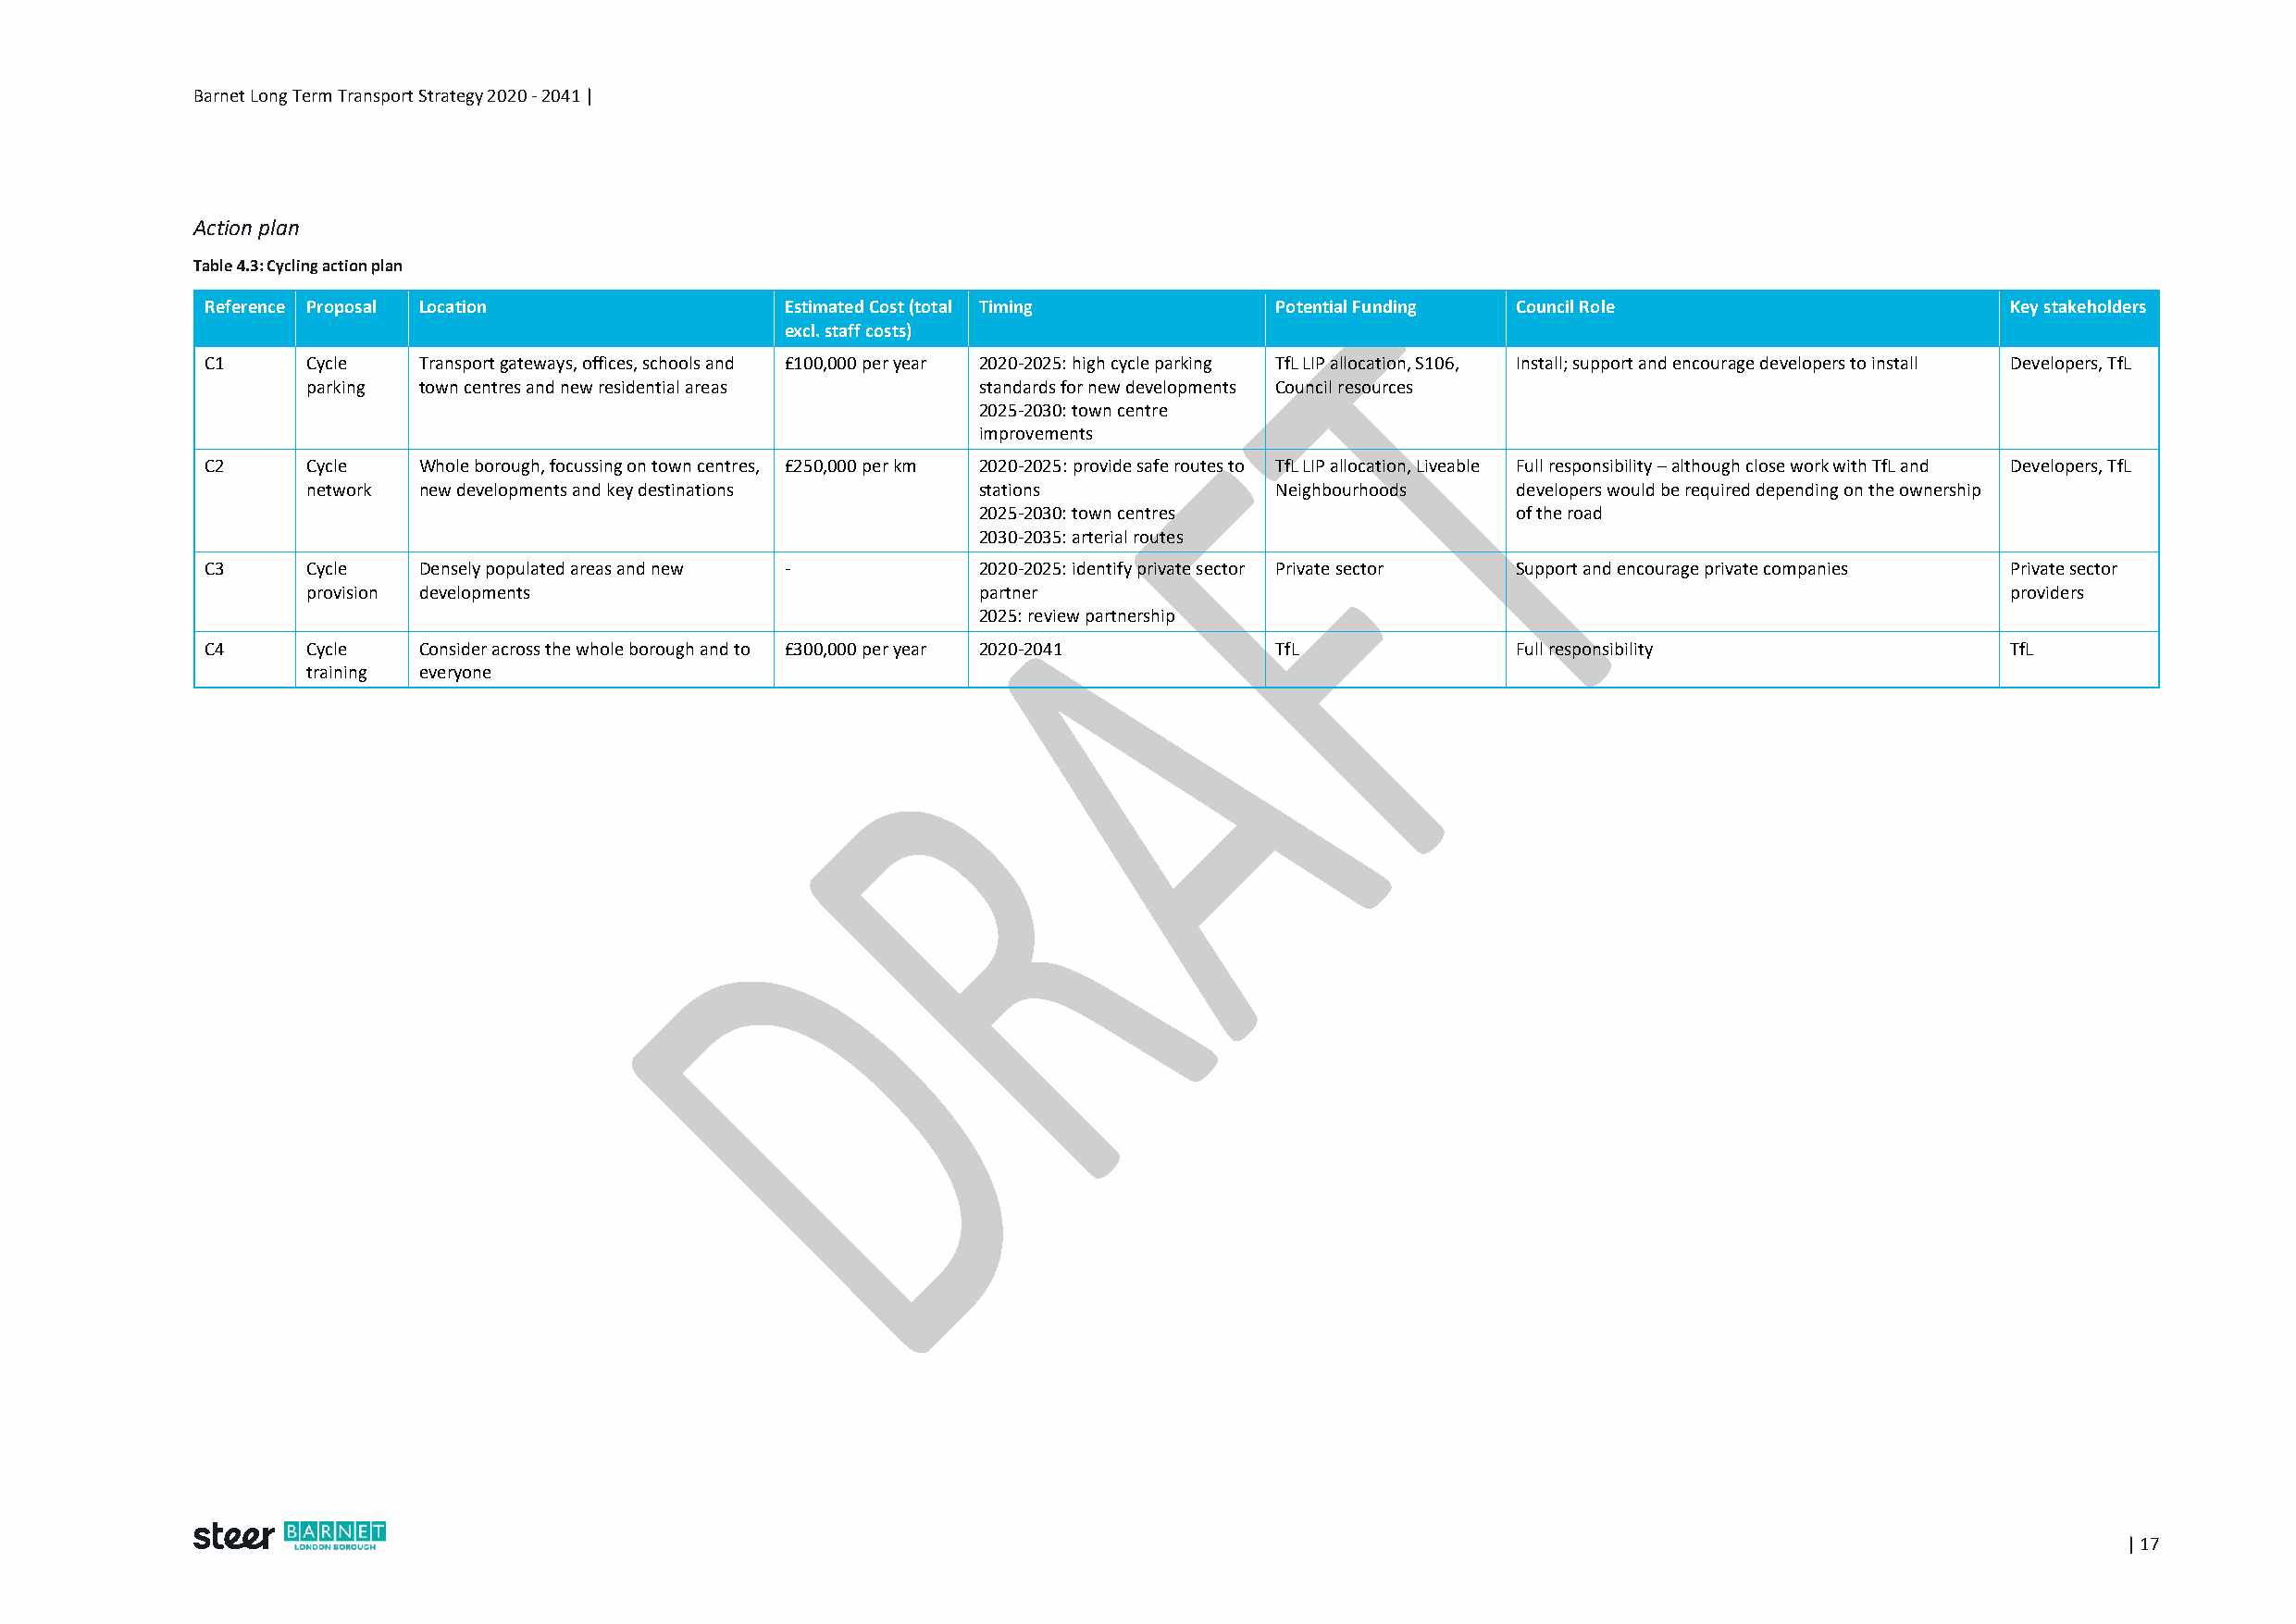
Barnet Long Term Transport Strategy 2020 - 2041 |
 Action plan
 Table 4.3: Cycling action plan
 Reference Proposal Location              Estimated Cost (total Timing       Potential Funding Council Role                       Key stakeholders
 excl. staff costs)
 C1     Cycle   Transport gateways, offices, schools and £100,000 per year 2020-2025: high cycle parking TfL LIP allocation, S106, Install; support and encourage developers to install Developers, TfL
 parking town centres and new residential areas  standards for new developments Council resources
 2025-2030: town centre
 improvements
 C2     Cycle   Whole borough, focussing on town centres, £250,000 per km 2020-2025: provide safe routes to TfL LIP allocation, Liveable Full responsibility – although close work with TfL and Developers, TfL
 network new developments and key destinations   stations             Neighbourhoods   developers would be required depending on the ownership
 2025-2030: town centres               of the road
 2030-2035: arterial routes
 C3     Cycle   Densely populated areas and new -       2020-2025: identify private sector Private sector Support and encourage private companies Private sector
 provision developments                          partner                                                                   providers
 2025: review partnership
 C4     Cycle   Consider across the whole borough and to £300,000 per year 2020-2041 TfL      Full responsibility                 TfL
 training everyone
 | 17